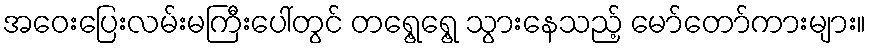
အဝေးပြေးလမ်းမကြီးပေါ်တွင် တရွေ့ရွေ့ သွားနေသည့် မော်တော်ကားများ။